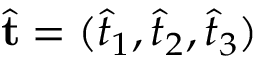
\hat { \bf t } = ( \hat { t } _ { 1 } , \hat { t } _ { 2 } , \hat { t } _ { 3 } )